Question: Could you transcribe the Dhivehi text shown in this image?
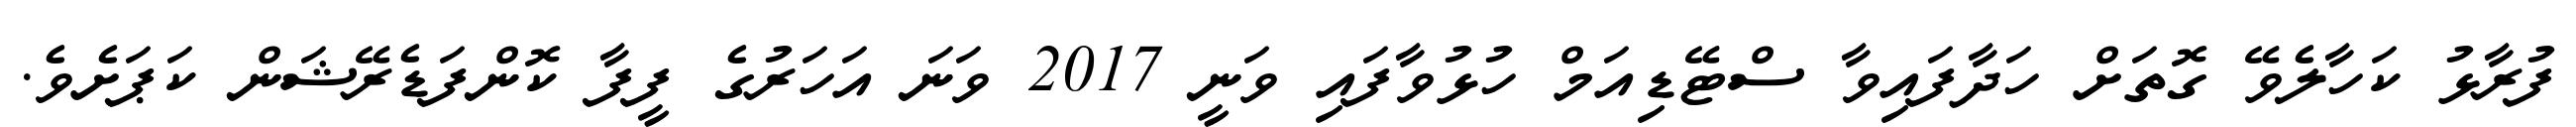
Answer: ފުރާޅު ކަހާލެވޭ ގޮތަށް ހަދާފައިވާ ސްޓޭޑިއަމް ހުޅުވާފައި ވަނީ 2017 ވަނަ އަހަރުގެ ފީފާ ކޮންފަޑެރޭޝަން ކަޕަށެވެ.